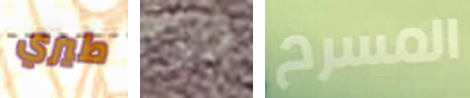
طيري فيبي المسرح